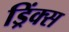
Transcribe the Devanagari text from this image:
ड्रिंक्‍स